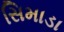
સિમાડા